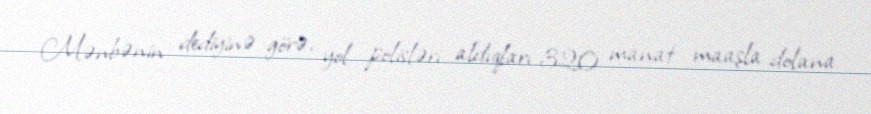
Mənbənin dediyinə görə, yol polisləri aldıqları 320 manat maaşla dolana